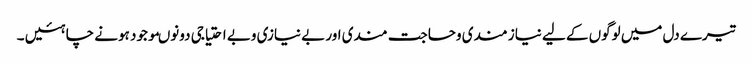
تیرے دل میں لوگوں کے لیے نیاز مندی وحاجت مندی اور بے نیازی وبے احتیاجی دونوںموجود ہونے چاہئیں ۔